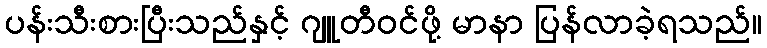
ပန်းသီးစားပြီးသည်နှင့် ဂျူတီဝင်ဖို့ မာနာ ပြန်လာခဲ့ရသည်။